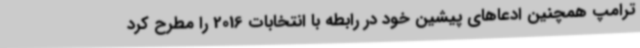
ترامپ همچنین ادعاهای پیشین خود در رابطه با انتخابات 2016 را مطرح کرد